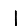
Digit: 1